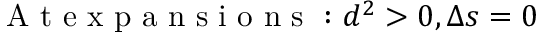
\mathrm { ~ A ~ t ~ e ~ x ~ p ~ a ~ n ~ s ~ i ~ o ~ n ~ s ~ : ~ } d ^ { 2 } > 0 , \Delta s = 0